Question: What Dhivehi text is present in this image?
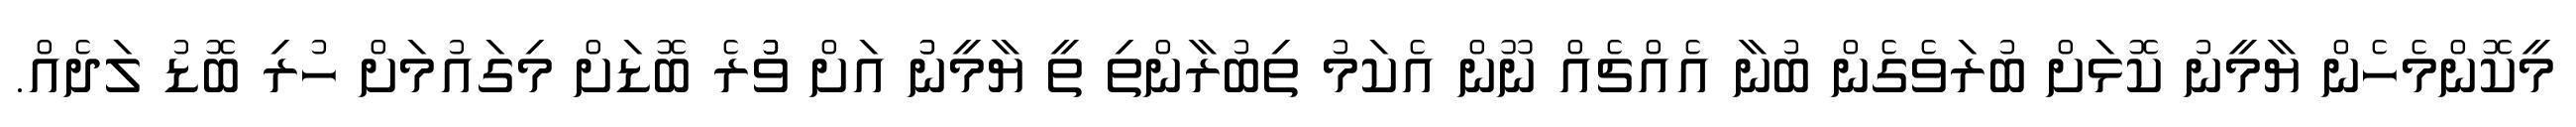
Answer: މީކޮންމެހެން ޔާމީނު ކޮޅަށް ބުރަވެގެން ބުނާ އެއްޗެއް ނޫން އެކަމު ތިބުރާންތި ތީ ޔާމީނުު އަށް ވުުުރެ ބޮޑަށް މިގައުމަށް ހުރި ބޮޑު ލަދެއް.